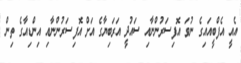
އެއީ އެފްބީއައިގެ ނުވަ އޮފިސަރުންނާއި ސައުދީ އަރަބިޔާގެ އަށް އޮފިސަރުންނާއި އިންޑިއާގެ ތިން